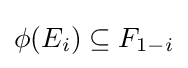
\phi (E_{i})\subseteq F_{1-i}